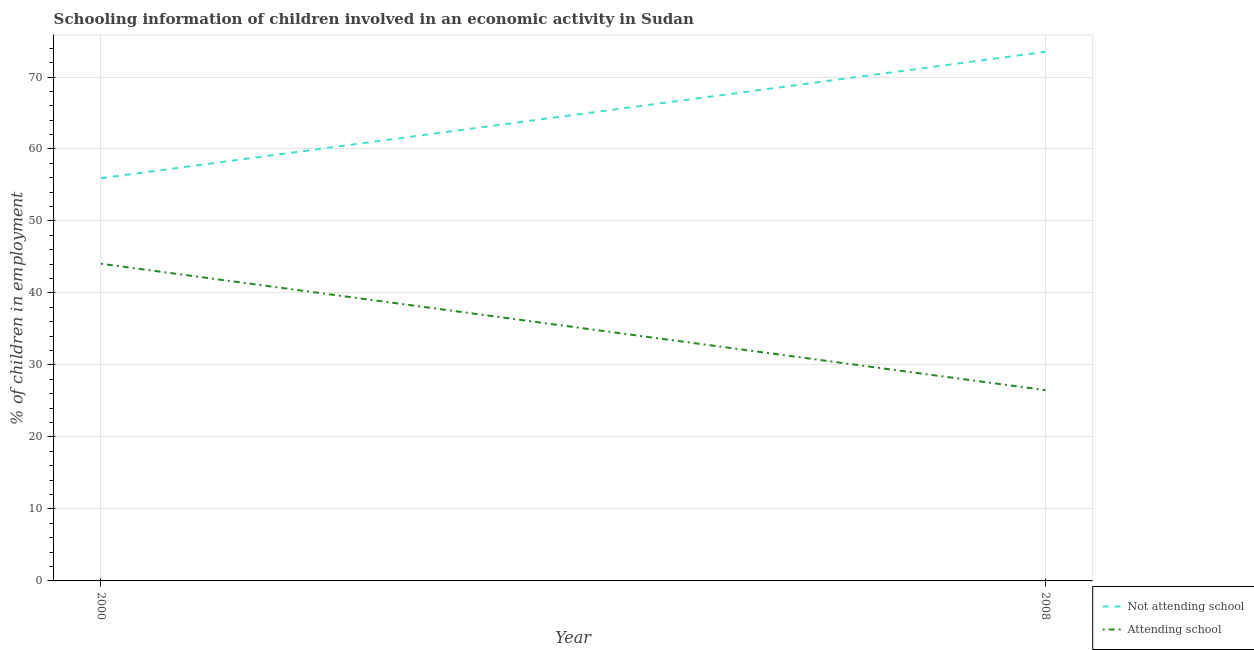
| Year | Not attending school | Attending school |
 | --- | --- | --- |
 | 2000 | 55.9 | 44.1 |
 | 2008 | 73.5 | 26.5 |